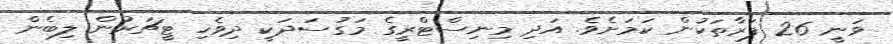
ވަނީ 26 ފަރާތަކުން ކަމަށެވެ. އަދި މިނިސްޓްރީގެ މަގުސަދަކީ ދިވެހި ޓީޗަރުން ލިބެން